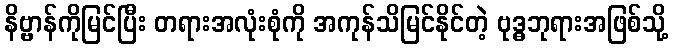
နိဗ္ဗာန်ကိုမြင်ပြီး တရားအလုံးစုံကို အကုန်သိမြင်နိုင်တဲ့ ဗုဒ္ဓဘုရားအဖြစ်သို့